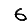
Digit: 6